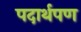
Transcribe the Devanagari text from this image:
पदार्थपण